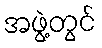
အဖွဲ့တွင်